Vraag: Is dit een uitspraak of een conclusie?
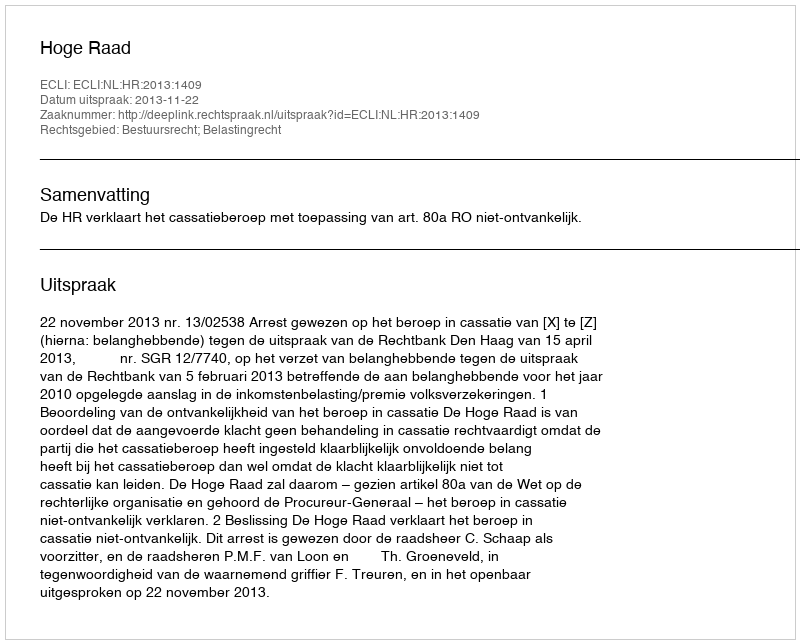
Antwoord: Uitspraak